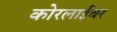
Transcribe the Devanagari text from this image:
कोरलाईवर